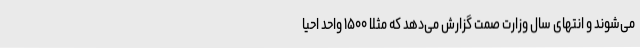
می‌شوند و انتهای سال وزارت صمت گزارش می‌دهد که مثلا ۱۵۰۰ واحد احیا